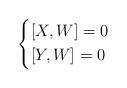
LaTeX: \begin{align*} \left\{\begin{aligned} &[X,W]=0 \\&[Y,W]=0 \end{aligned}\right.\end{align*}